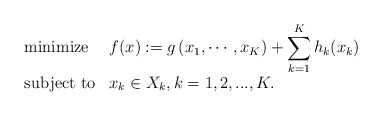
\begin{align*}\begin{array}{ll}\mbox{minimize} &\displaystyle f(x):=g\left(x_1,\cdots, x_K\right)+\sum_{k=1}^{K}h_k(x_k)\\ [10pt]\mbox{subject to} & x_k\in X_k,k=1,2,...,K.\end{array}\end{align*}